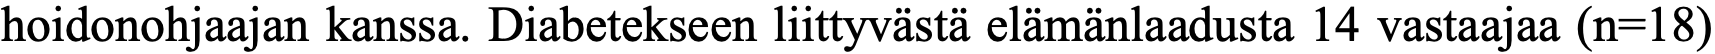
hoidonohjaajan kanssa. Diabetekseen liittyvästä elämänlaadusta 14 vastaajaa (n=18)